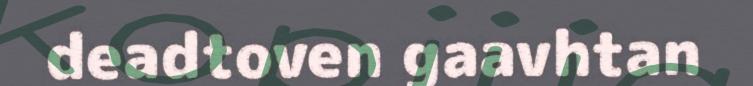
deadtoven gaavhtan